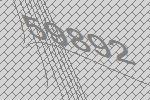
59892